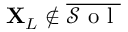
\mathbf { X } _ { L } \notin \overline { { \mathcal { S } \mathrm { ~ o ~ l ~ } } }